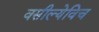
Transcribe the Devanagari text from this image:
वसील्येविच